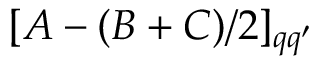
[ A - ( B + C ) / 2 ] _ { q q ^ { \prime } }